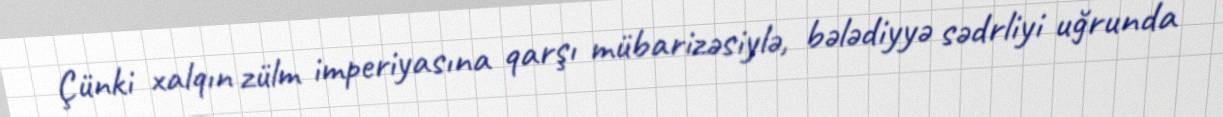
Çünki xalqın zülm imperiyasına qarşı mübarizəsiylə, bələdiyyə sədrliyi uğrunda